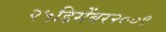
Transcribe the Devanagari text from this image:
२५डिसेंबर२००९